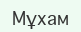
Мұхам